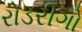
રોડરીગો